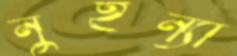
নুইন্যা